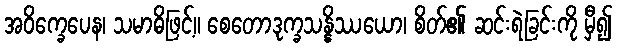
အဝိက္ခေပေန၊ သမာဓိဖြင့်။ စေတောဒုက္ခသန္နိဿယော၊ စိတ်၏ ဆင်းရဲခြင်းကို မှီ၍